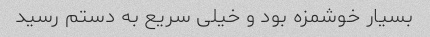
بسیار خوشمزه بود و خیلی سریع به دستم رسید